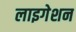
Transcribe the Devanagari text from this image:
लाइगेशन